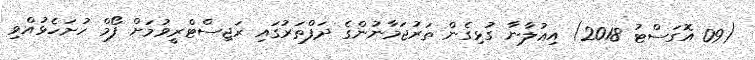
(09 އޮގަސްޓު 2018) އިޢުލާނާ ގުޅިގެން ތަރުޖަމާނުންގެ ދަފްތަރުގައި ރަޖިސްޓްރީވުމަށް ފޯމް ހުށަހެޅުއްވި